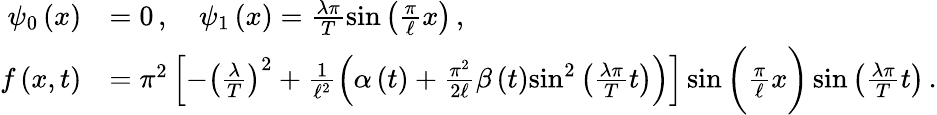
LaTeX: \begin{array}{rl}{{\psi}_{0}\left(x\right)}&{=0\, ,\quad{\psi}_{1}\left(x\right)=\frac{\lambda\pi}{T}\sin\left(\frac{\pi}{\ell}x\right)\, ,}\\ {f\left(x,t\right)}&{={\pi}^{2}\left[-{\left(\frac{\lambda}{T}\right)}^{2}+\frac{1}{{\ell}^{2}}\left(\alpha\left(t\right)+\frac{{\pi}^{2}}{2\ell}\beta\left(t\right){\sin}^{2}\left(\frac{\lambda\pi}{T}t\right)\right)\right]\sin\bigg(\frac{\pi}{\ell}x\bigg)\sin\left(\frac{\lambda\pi}{T}t\right)\, .}\end{array}